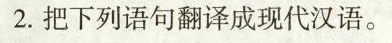
2.把下列语句翻译成现代汉语。